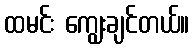
ထမင်း ကျွေးချင်တယ်။